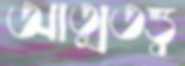
আত্মতত্ত্ব